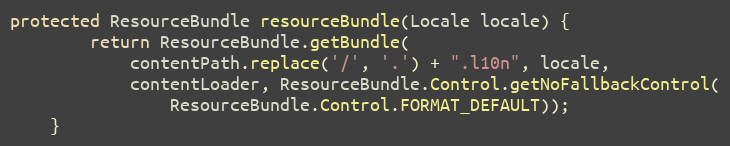
Language: Java
protected ResourceBundle resourceBundle(Locale locale) {
        return ResourceBundle.getBundle(
            contentPath.replace('/', '.') + ".l10n", locale,
            contentLoader, ResourceBundle.Control.getNoFallbackControl(
                ResourceBundle.Control.FORMAT_DEFAULT));
    }